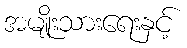
အမျိုးသားရေးနှင့်